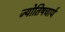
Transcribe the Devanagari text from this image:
ज्योतिषचार्य